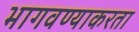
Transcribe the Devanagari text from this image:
भागवण्याकरता